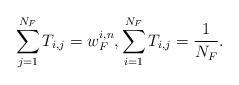
LaTeX: \begin{align*}\sum^{N_{F}}_{j=1}T_{i,j}=w_{F}^{i, n}, \sum^{N_{F}}_{i=1}T_{i,j}=\frac{1}{N_{F}}.\end{align*}